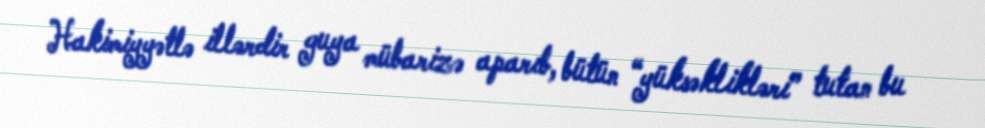
Hakimiyyətlə illərdir guya mübarizə aparıb, bütün “yüksəklikləri” tutan bu